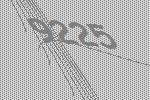
9225